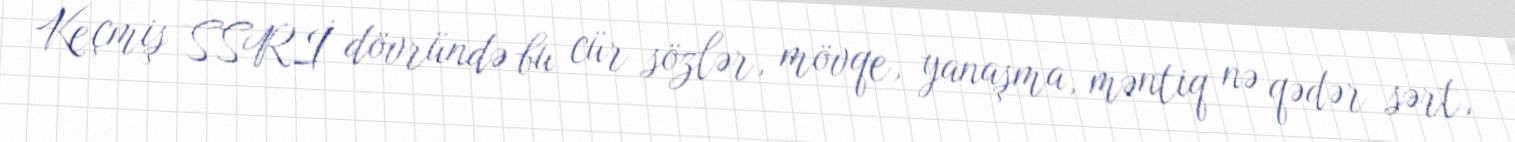
Keçmiş SSRİ dövründə bu cür sözlər, mövqe, yanaşma, məntiq nə qədər sərt,